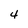
Character: 4